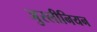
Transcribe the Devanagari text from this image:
जुस्लीनियन